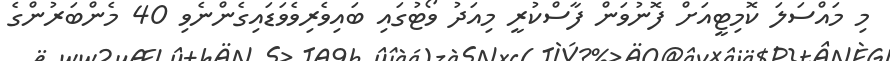
މި މައްސަލަ ކޮމިޓީއަށް ފޮނުވަން ފާސްކުރީ މިއަދު ވޯޓުގައި ބައިވެރިވެވަޑައިގެންނެވި 40 މެންބަރުންގެ